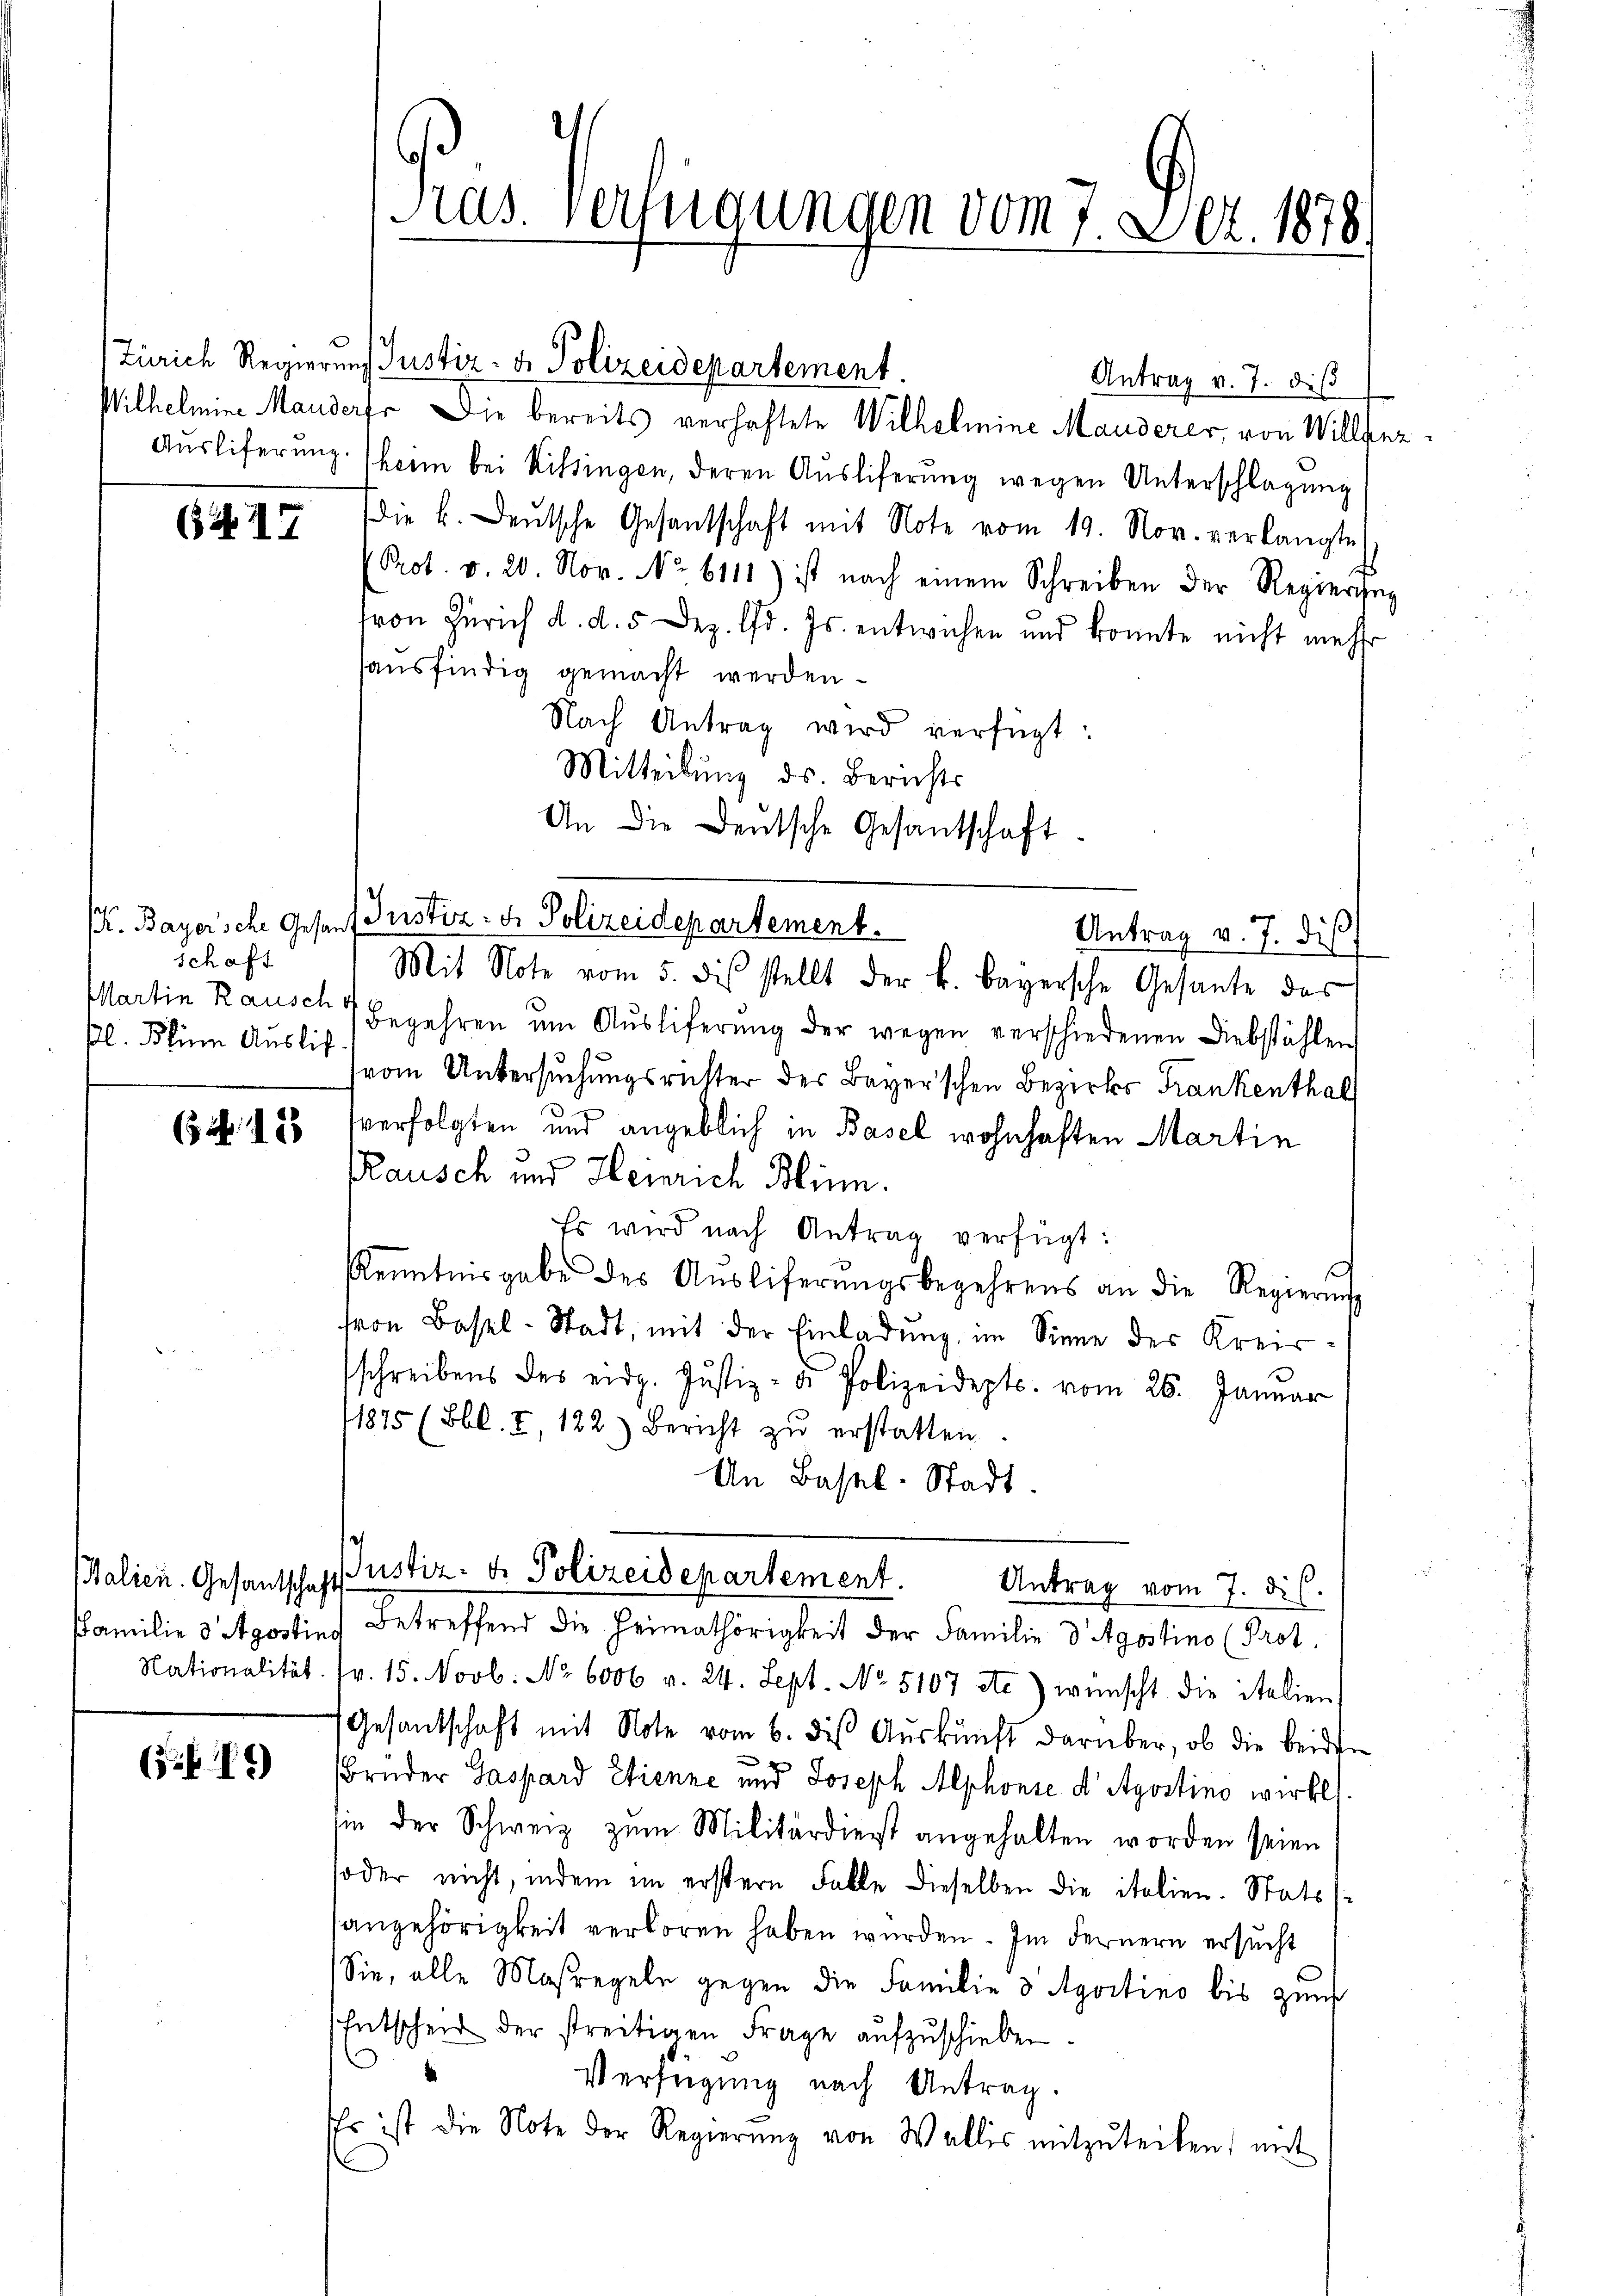
schaft
Bl. Beim Auslief.

64. 12

(

Zürich Regierung Justiz- & Polizeidepartement.
Antrag v. 7. diβ
Wilhelmine Manderf. Die bereits verhaftete Wilhelmine Manderer, von Willher
Auslieferung. Heim bei Kissingen, deren Ausliferung wegen Unterschlagung
6 47 die k. Deutsche Gesantschaft mit Note vom 19. Nov. verlangte
Prot. v. 20. Nov. No. 6111) ist nach einem Schreiben der Regierung
fvon Zürich d. d. 5 Dez. d. Js. entwichen und konnte nicht mehr
sausfindig gemacht werden.
Nach Antrag wird verfügt:
Mitteilung ds. Berichts
An die Deutsche Gesantschaft
K. Bayer’sche Gesans Justiz- u. Polizeidepartement.
Martin Rausch 7 begehren ŭm Aŭsliferŭng der wegen verschiedenen Diebstählen
vom Untersuchungsrichter des Bayer'schen Bezirks Frankenthal
verfolgten und angeblich in Basel wohnhaften Martin
Rausch und Heinrich Blinn.
Es wird nach Antrag verfügt:
Kenntnisgabe des Aŭsliferŭngsbegehrens an die Regierŭng
von Basel-Stadt, mit der Einladŭng, im Sinne der Kreis
schreibens des eidg. Justiz- u. Polizeidepts. vom 26. Januar
11875 (Bbl. I, 122) Bericht zŭ erstatten
An Basel-Stadt.
alien. Gesantschaft Zustiz- u. Polizeidepartement.
Antrag vom 7. d. h.
Familie 3 Apostins Betreffend die Heimathörigkeit der Familie d Agostino (Prot.
Nationalität. I. 15. Novb. No 6006 v. 24. Sept. No 5107 etc.) wünscht die italien
Gesantschaft mit Note vom 6. des Aŭskŭnft darüber, ob die beiden
Brüder Gaspard Etienne und Joseph Alphonie d' Apostino wirkl
sie der Schweiz zum Militärdienst angehalten worden seien
oder nicht, indem im erstern Falle dieselben die italien. Stats
angehörigkeit verloren haben würden. Im Fernern ersucht
Sie, alle Maßregeln gegen die Familie 3 Apostino bis zum
Entscheid der streitigen Frage aŭfzŭschieben.
Verfügung nach Antrag.
Es ist die Note der Regierŭng von Wallis mitzŭteilen, mit

Pras. Verfügungen vom 7. Dez. 1878.

Antrag v. J. dis
Mit Note vom 5. dis stellt der k. bayersche Gesante des